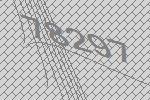
78297